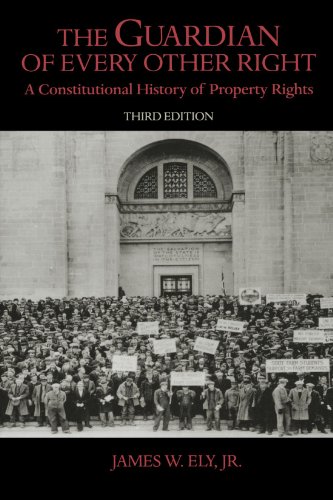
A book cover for The Guardian of Every Other Right: A Constitutional History of Property Rights (Bicentennial Essays on the Bill of Rights); James W. Ely; Law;